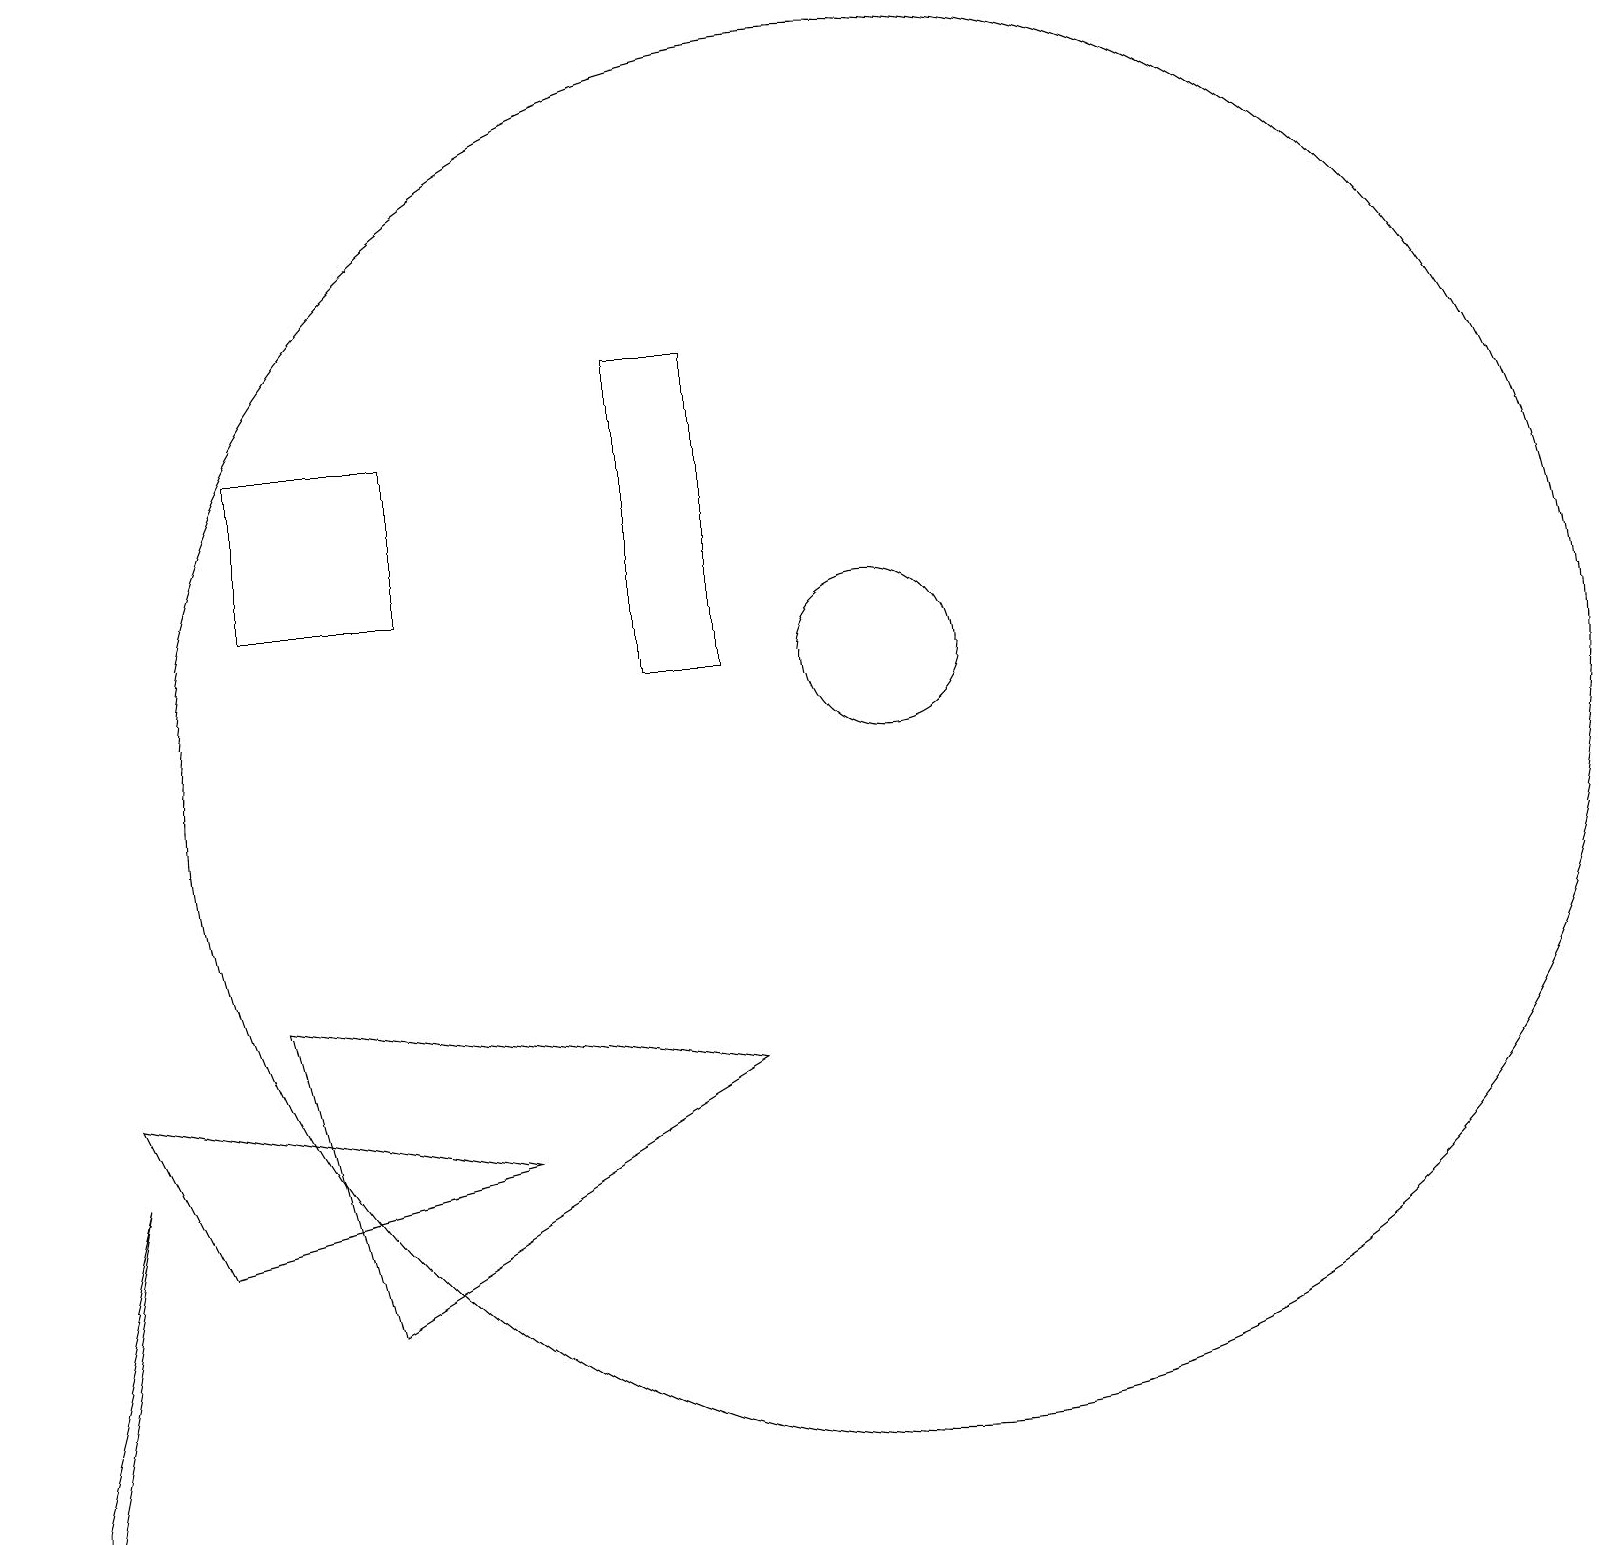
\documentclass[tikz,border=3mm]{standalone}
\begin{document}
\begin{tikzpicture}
\draw (9,11) rectangle (8,15);
\draw (0,1) -- (1,5) -- (0,0) -- cycle;
\draw (5,14) rectangle (3,12);
\draw (6,5) -- (1,6) -- (2,4) -- cycle;
\draw (4,3) -- (9,6) -- (3,7) -- cycle;
\draw (11,10) circle (9);
\draw (11,11) circle (1);
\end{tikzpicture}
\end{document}